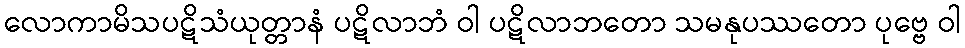
လောကာမိသပဋိသံယုတ္တာနံ ပဋိလာဘံ ဝါ ပဋိလာဘတော သမနုပဿတော ပုဗ္ဗေ ဝါ